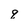
Character: q